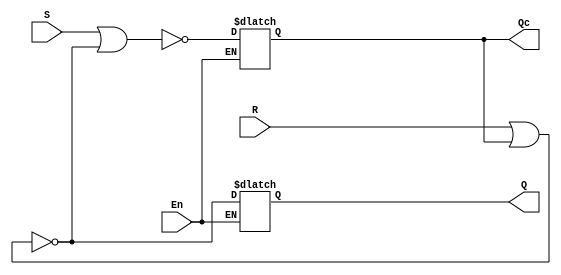
`timescale 1ns / 1ps
module SR_Latch (S, R, En, Q, Qc);
    input S, R;
    input En;
    output Q, Qc;
    reg Q,Qc;
  always@(*)
    begin
      if(En)
        begin
          Q  =  ~(R | Qc); 
          Qc =  ~(S | Q); 
        end
    end

endmodule